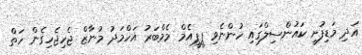
އަދި މަޑިފުށީ ކައުންސިލްގައި ހުންނެވި ޕީޕީއެމް މެމްބަރު އަހްމަދު މުނާޒް ޖެހިޖެހިގެން ހަތް